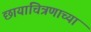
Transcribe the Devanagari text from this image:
छायाचित्रणाच्या